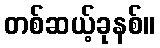
တစ်ဆယ့်ခုနစ်။